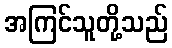
အကြင်သူတို့သည်